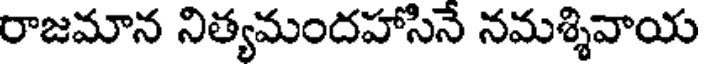
రాజమాన నిత్యమందహాసినే నమశ్శివాయ